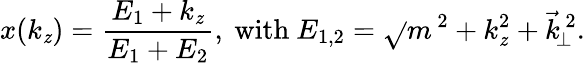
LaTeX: x(k_{\mathit{z}})=\frac{{E_{1}+k_{\mathit{z}}}}{{E_{1}+E_{2}}},\mathrm{{~with~}}E_{1,2}=\sqrt{}{{m^{\, 2}+k_{\mathit{z}}^{2}+\vec{{k}}_{\! \perp}^{\, 2}}}.